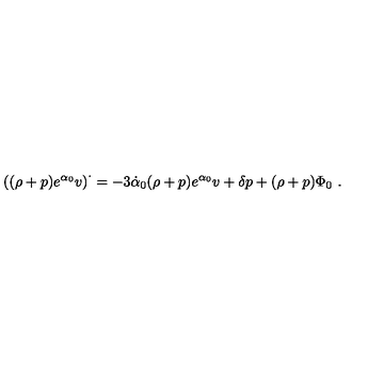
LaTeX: \left( ( \rho + p ) e ^ { \alpha _ { 0 } } v \right) ^ { \cdot } = - 3 \dot { \alpha } _ { 0 } ( \rho + p ) e ^ { \alpha _ { 0 } } v + \delta p + ( \rho + p ) \Phi _ { 0 } \ .